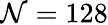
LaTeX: \mathcal{N}=128